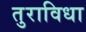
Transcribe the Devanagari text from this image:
तुराविधा